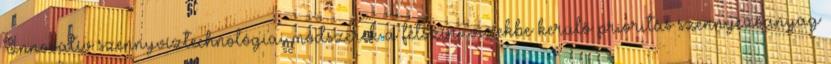
Innovatív szennyvíztechnológiai módszerek a felszíni vizekbe kerülő prioritás szennyezőanyag